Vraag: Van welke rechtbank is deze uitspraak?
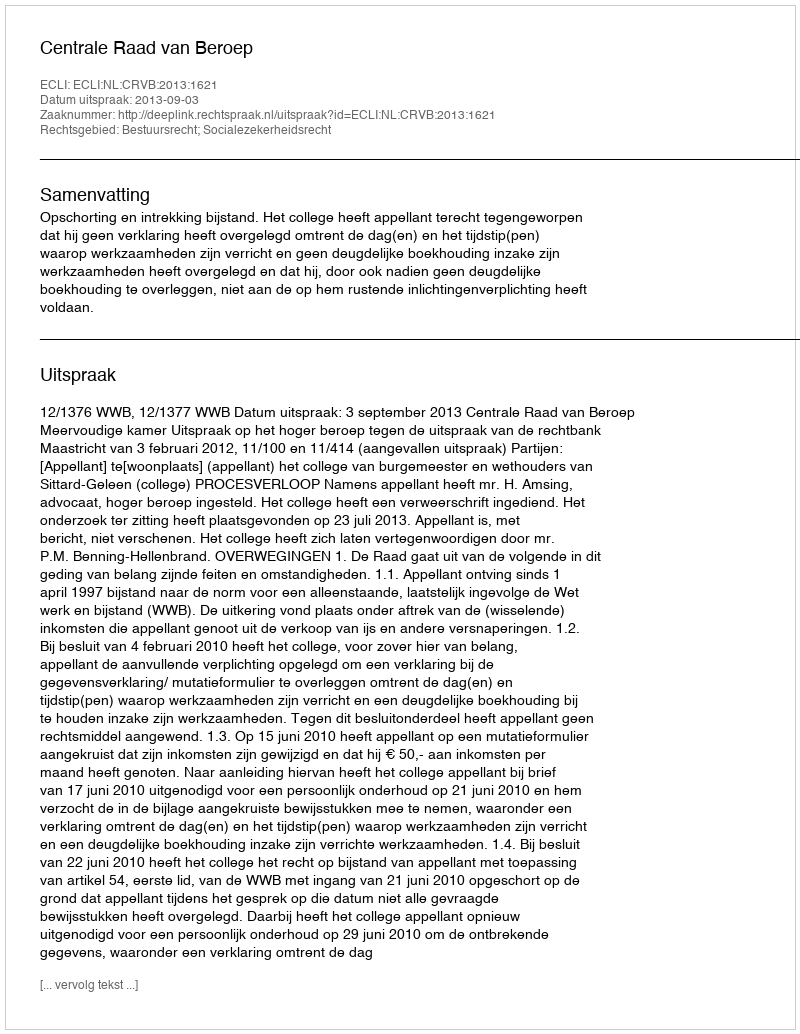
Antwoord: Centrale Raad van Beroep